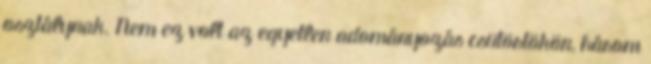
osztálynak. Nem ez volt az egyetlen adományozás csütörtökön, három